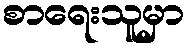
စာရေးသူမှာ